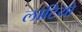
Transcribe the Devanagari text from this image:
लाटियो